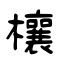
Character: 欀